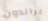
براندون